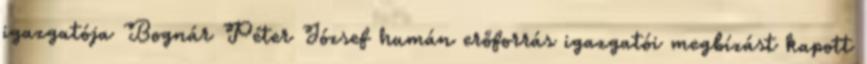
igazgatója Bognár Péter József humán erőforrás igazgatói megbízást kapott